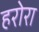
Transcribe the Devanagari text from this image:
हरोरा